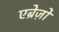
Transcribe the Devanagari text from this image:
एब्रेज़ो